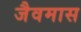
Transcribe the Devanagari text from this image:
जैवमास